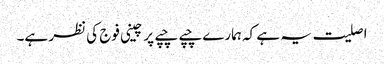
اصلیت یہ ہے کہ ہمارے چپے چپے پر چینی فوج کی نظر ہے۔